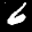
Label: 6